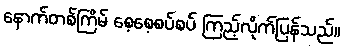
နောက်တစ်ကြိမ် စေ့စေ့စပ်စပ် ကြည့်လိုက်ပြန်သည်။